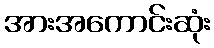
အားအကောင်းဆုံး